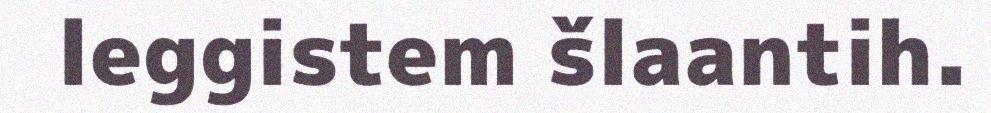
leggistem šlaantih.